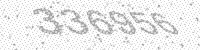
Solution: 336956